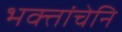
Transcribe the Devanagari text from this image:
भक्तांचेनि